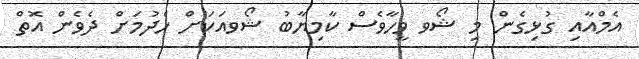
އެމްއާއި ގުޅިގެން މި ޝޯވ ވީހާވެސް ކާމިޔާބު ޝޯވއަކަށް ހެދުމަށް ދެވެން އޮތް